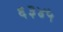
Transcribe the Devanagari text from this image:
६३४५